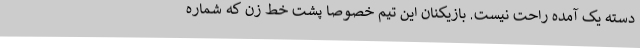
دسته یک آمده راحت نیست. بازیکنان این تیم خصوصا پشت خط زن که شماره